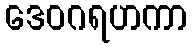
ဒေဝဂရဟကာ